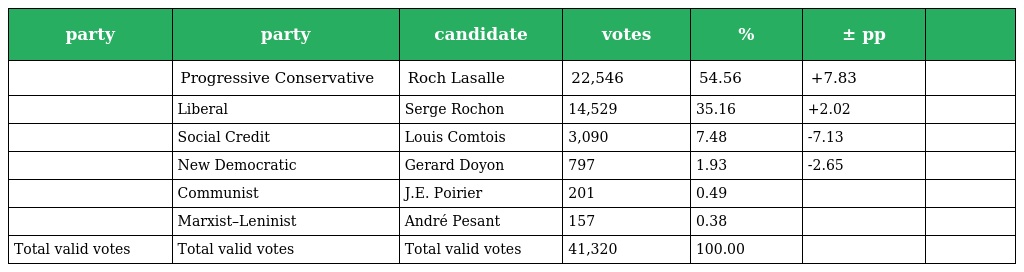
| party | party | candidate | votes | % | ± pp |  |
 | --- | --- | --- | --- | --- | --- | --- |
 |  | Progressive Conservative | Roch Lasalle | 22,546 | 54.56 | +7.83 |  |
 |  | Liberal | Serge Rochon | 14,529 | 35.16 | +2.02 |  |
 |  | Social Credit | Louis Comtois | 3,090 | 7.48 | -7.13 |  |
 |  | New Democratic | Gerard Doyon | 797 | 1.93 | -2.65 |  |
 |  | Communist | J.E. Poirier | 201 | 0.49 |  |  |
 |  | Marxist–Leninist | André Pesant | 157 | 0.38 |  |  |
 | Total valid votes | Total valid votes | Total valid votes | 41,320 | 100.00 |  |  |